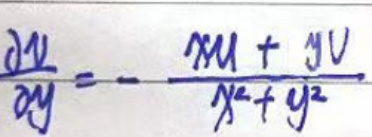
$\frac{\mathrm{d}u}{\mathrm{d}y}=-\frac{xu + yv}{x^{2}+y^{2}}$